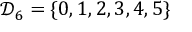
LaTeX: { \mathcal { D } } _ { 6 } = \lbrace 0 , 1 , 2 , 3 , 4 , 5 \rbrace